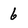
Character: 6